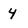
Character: 4